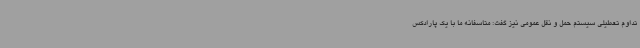
تداوم تعطیلی سیستم حمل و نقل عمومی نیز گفت: متاسفانه ما با یک پارادکس